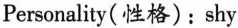
Personality(性格): shy